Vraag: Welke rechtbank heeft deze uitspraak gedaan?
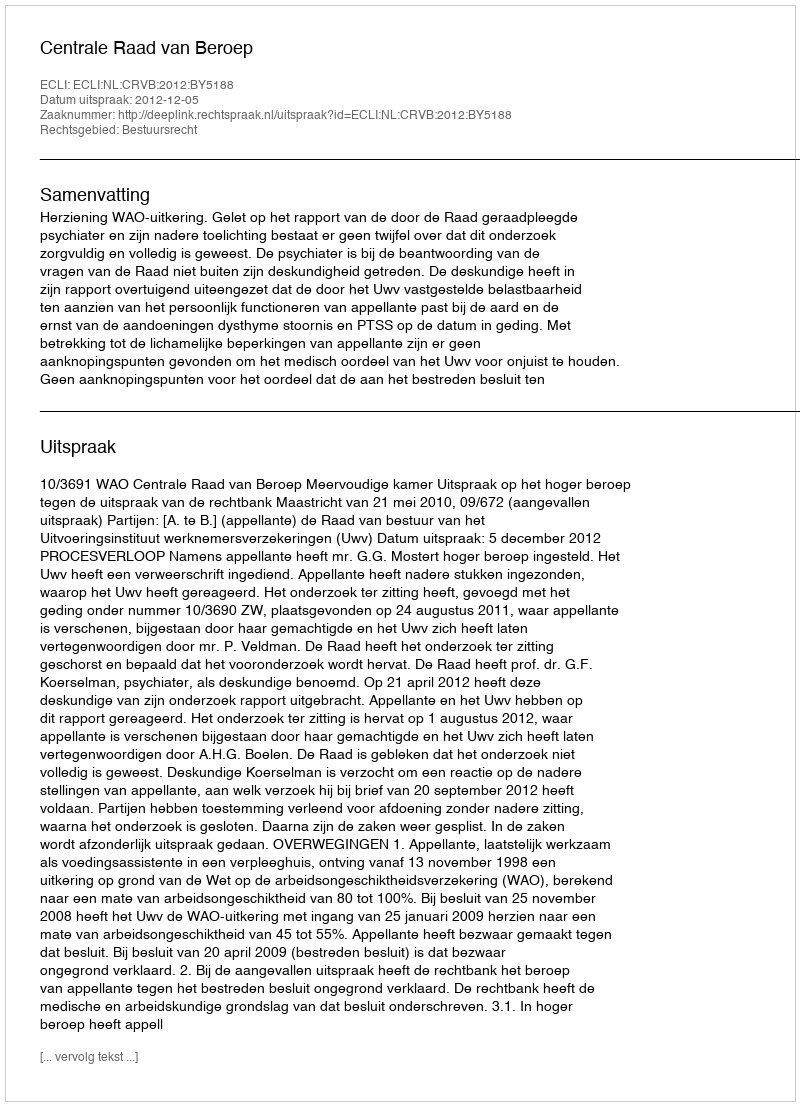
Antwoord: Centrale Raad van Beroep